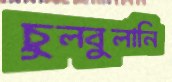
চুলবুলানি